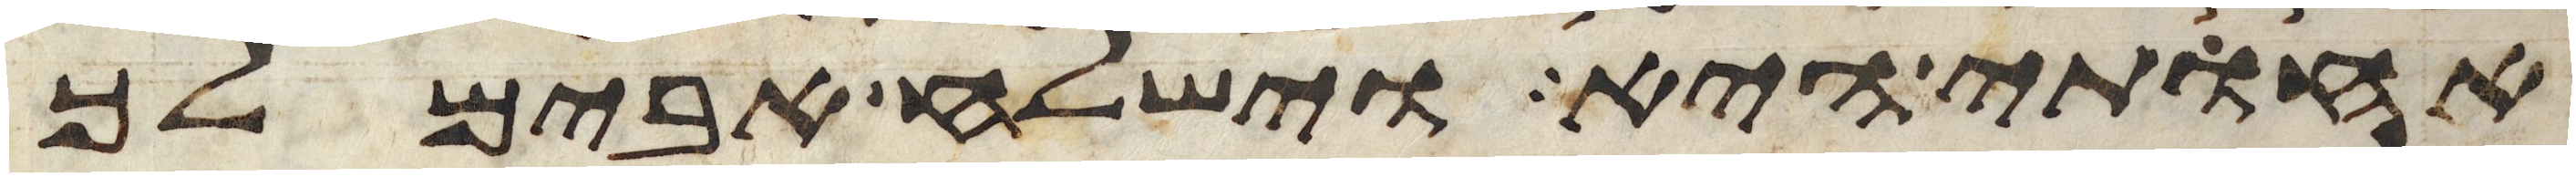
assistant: אחותי היא וישלח אבימלך